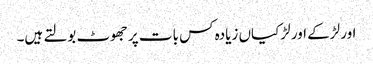
اور لڑکے اور لڑکیاں زیادہ کس بات پر جھوٹ بولتے ہیں۔